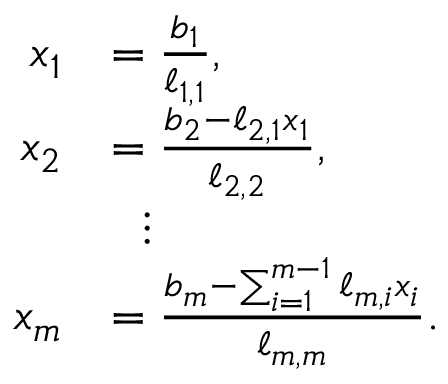
{ \begin{array} { r l } { x _ { 1 } } & { = { \frac { b _ { 1 } } { \ell _ { 1 , 1 } } } , } \\ { x _ { 2 } } & { = { \frac { b _ { 2 } - \ell _ { 2 , 1 } x _ { 1 } } { \ell _ { 2 , 2 } } } , } \\ & { \ \ \vdots } \\ { x _ { m } } & { = { \frac { b _ { m } - \sum _ { i = 1 } ^ { m - 1 } \ell _ { m , i } x _ { i } } { \ell _ { m , m } } } . } \end{array} }